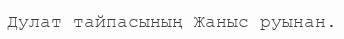
Дулат тайпасының Жаныс руынан.